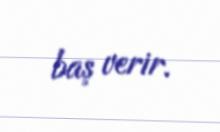
baş verir.